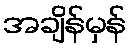
အချိန်မှန်